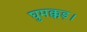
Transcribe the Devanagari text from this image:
घुमक्कड़।